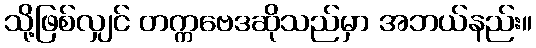
သို့ဖြစ်လျှင် တက္ကဗေဒဆိုသည်မှာ အဘယ်နည်း။